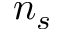
n _ { s }